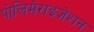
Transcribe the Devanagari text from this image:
पोलिमेराइज़ेशन